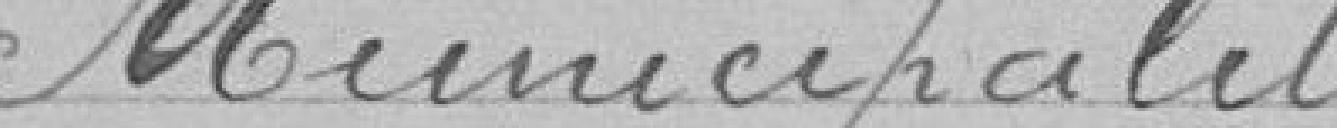
Muncipalité